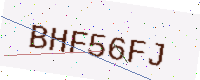
Text: BHF56FJ